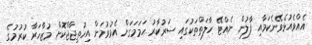
އެއްވެއުޅެވޭނެކަމާއި ފާލުން ނެއްޓޭ ހާލަތްތަކުގައި ސަރުކާރު ހަމަމަގަށް އެޅުވުމަށް އިހުތިޖާޖްކޮށް މުޒާހަރާ ކުރުމުގެ